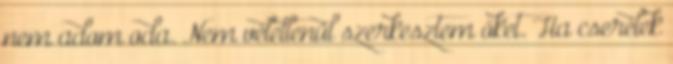
nem adom oda. Nem véletlenül szerkesztem őket. Ha cserélek